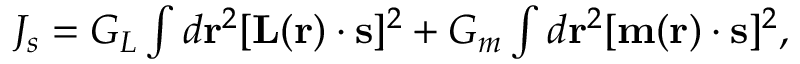
\begin{array} { r } { J _ { s } = G _ { L } \int { d { \bf { r } } ^ { 2 } } [ { \bf { L } } ( { \bf { r } } ) \cdot { \bf { s } } ] ^ { 2 } + G _ { m } \int { d { \bf { r } } ^ { 2 } } [ { \bf { m } } ( { \bf { r } } ) \cdot { \bf { s } } ] ^ { 2 } , } \end{array}